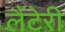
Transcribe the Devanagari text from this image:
लैंटेरी